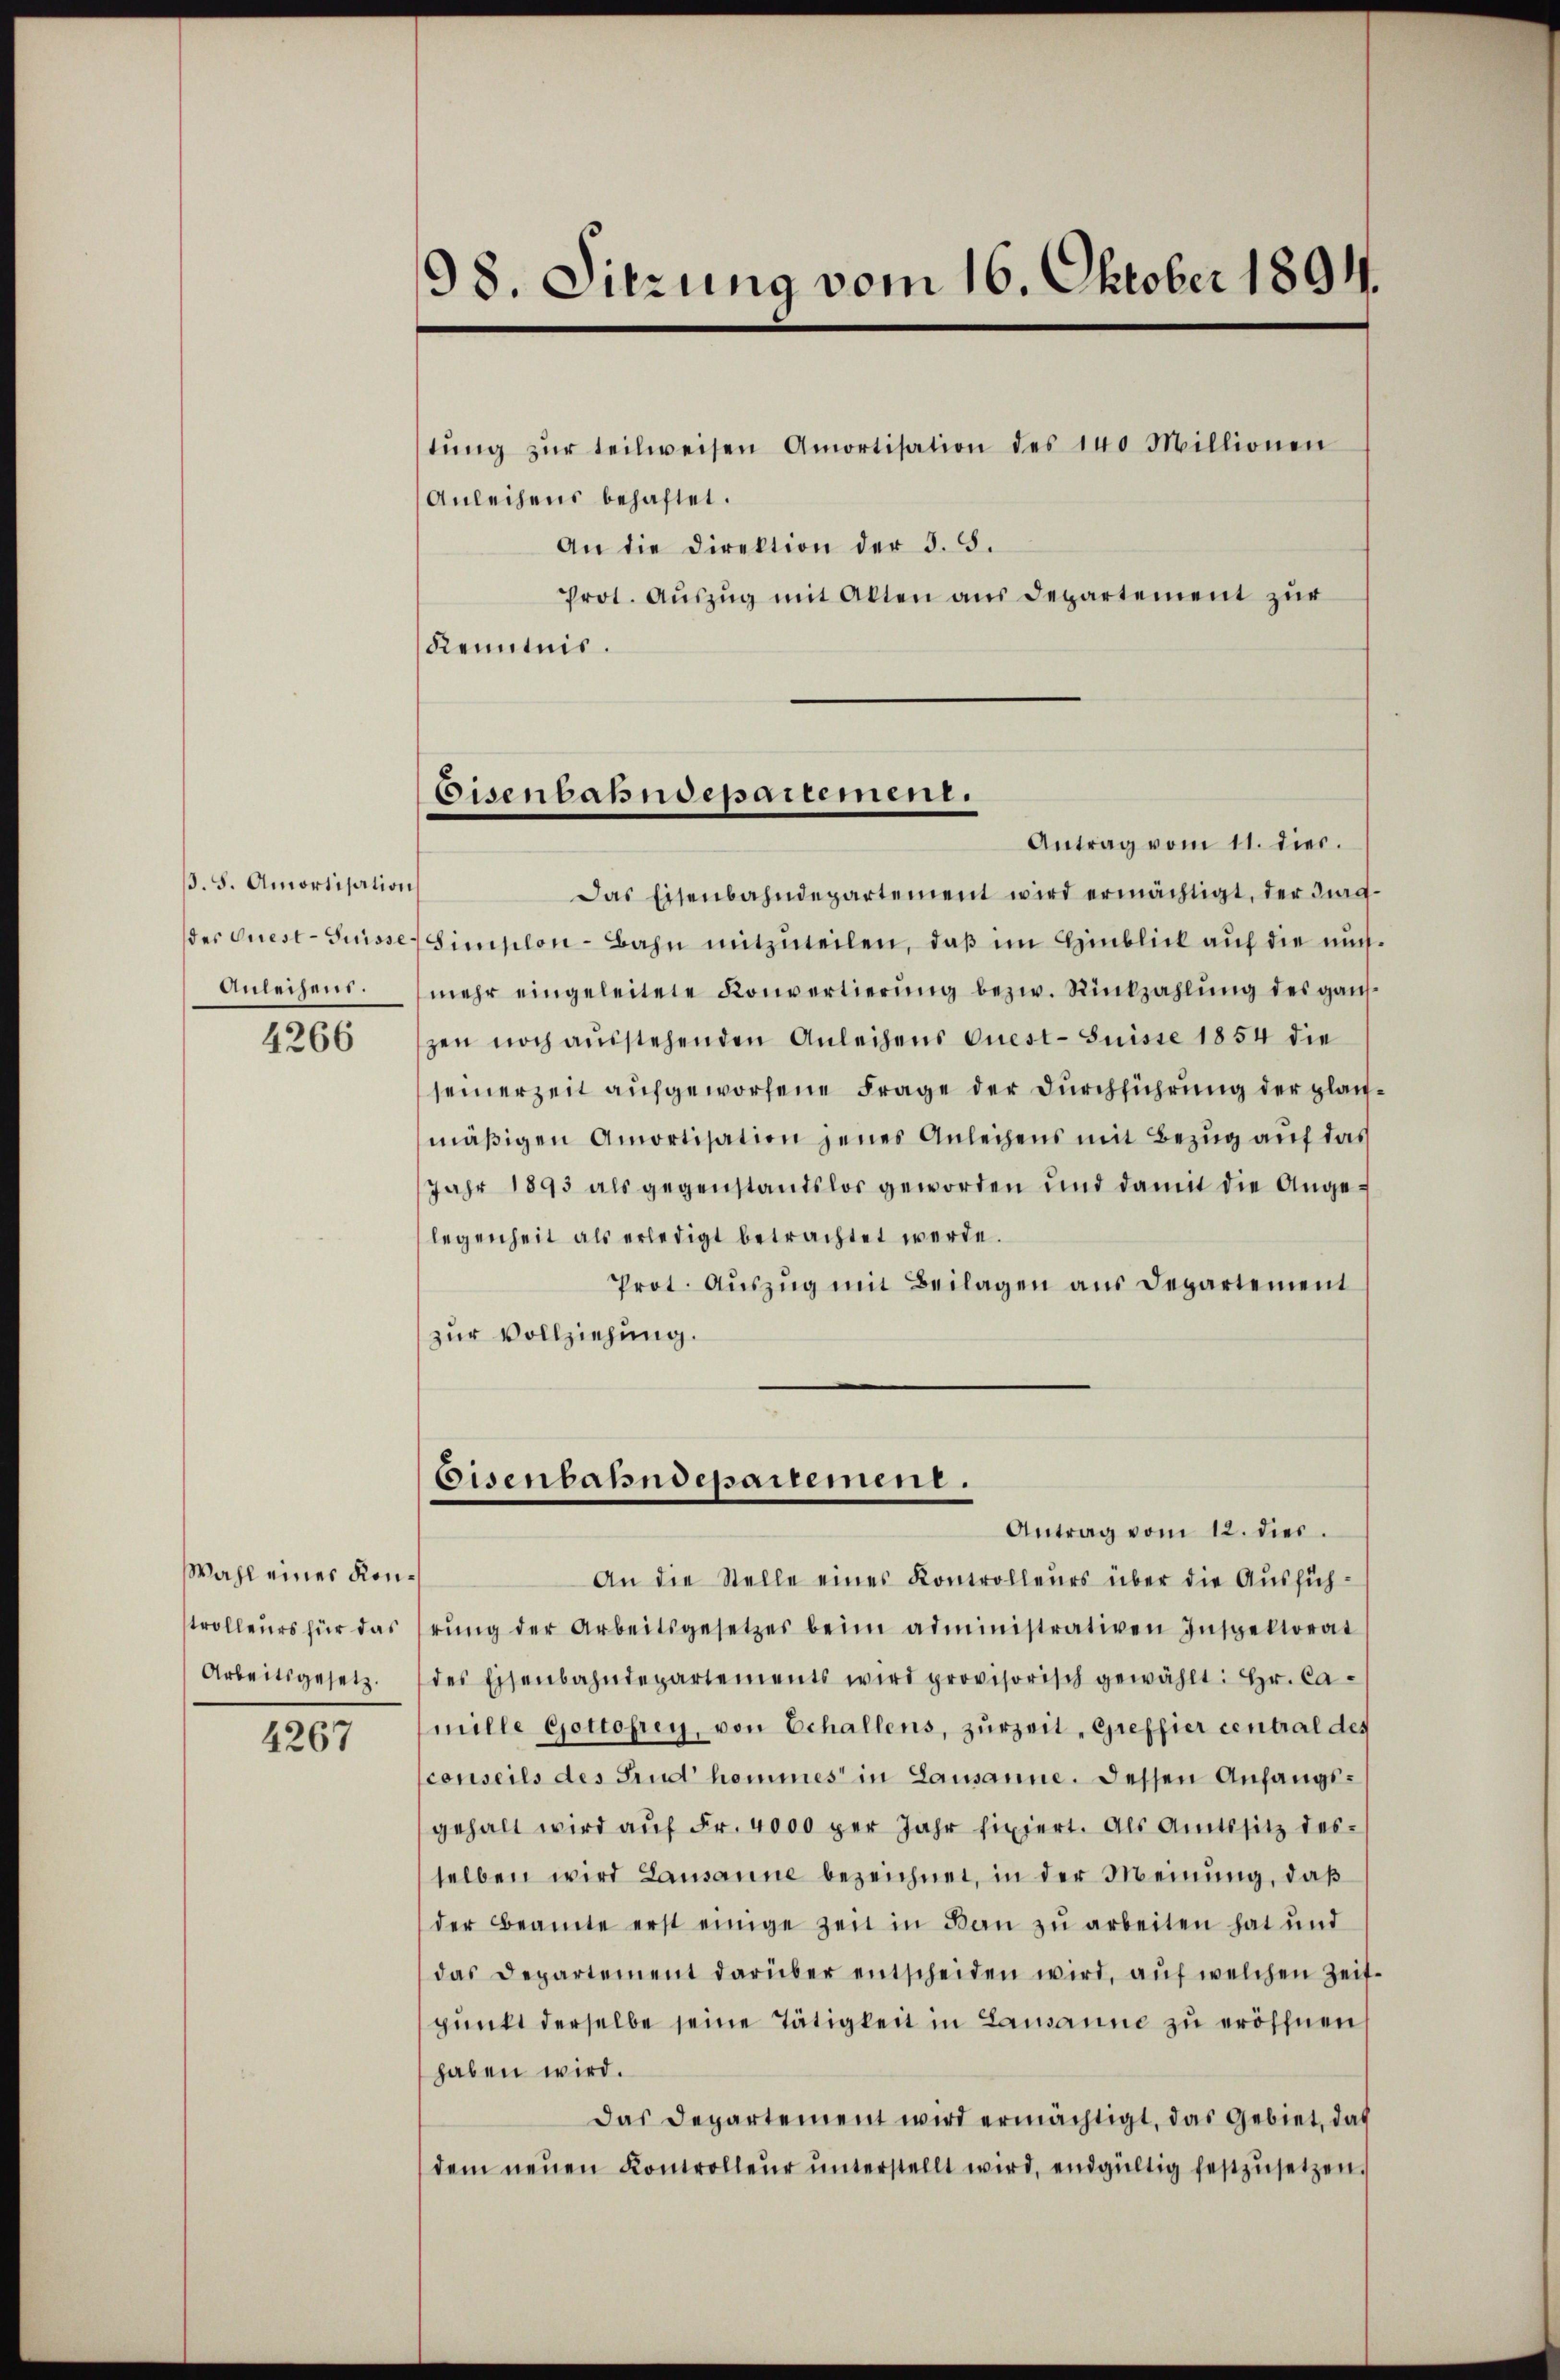
B. S. Amortisation
Anleihen.

4266

Wahl eines Konstrolleurs für das
Arbeitsgesetz

4267

98. Sitzung vom 16. Oktober 1894.

Eisenbahndepartement.
Antrag vom 11. dies.

tŭng zŭr teilweisen Amortisation des 140 Millionen
Anleihens behaftet.
An die Direktion der §. 5.
Prot. Aŭszŭg mit Alten aus Departement zur
Kenntnis.
Das Eisenbahndepartement wird ermächtigt, der ding-
der Quest-Guisse Simplon - Bahn mitzuteilen, daß im Hinblick auf die nich
mehr eingeleitete Konvertierung bezw. Rückzahlung des ganzen noch ausstehenden Anleihens Quest- Suisse 1854 die
seinerzeit aufgeworfene Frage der Durchführung der glaumäßigen Amortisation jenes Anleihens mit Bezug auf das
Jahr 1893 als gegenstandslos geworden und damit die Angelegenheit als erledigt betrachtet werde.
Prot. Aŭszŭg mit Beilagen aŭs Departement
zur Vollziehung.
Eisenbahndepartement.
Antrag vom 12. dies.
An die Stelle eines Kontrolleurs über die Ausführŭng der Arbeitsgesetzes beim administrativen Inspektorat
des Eisenbahndepartements wird provisorisch gewählt: Hr. Camille Gottofrey, von Echallens, zurzeit Greffier central des
conseils des sind hommes in Lausanne. Dessen Anfangsgehalt wird auf Fr. 4000 per Jahr fixiert. Als Amtssitz desselben wird Lausanne bezeichnet, in der Meinung, daß
der Beamte erst einige Zeit in Baŭ zŭ arbeiten hat und
das Departement darüber entscheiden wird, auf welchen Zeit-
punkt derselbe seine Tätigkeit in Lausanne zu eröffnen,
haben wird.
Das Departement wird ermächtigt, das Gebiet, daß
dem neŭen Kontrolleŭr ŭnterstellt wird, endgültig festzŭsetzen.